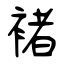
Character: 褚